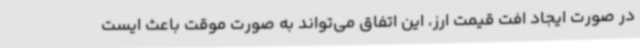
در صورت ایجاد افت قیمت ارز، این اتفاق می‌تواند به صورت موقت باعث ایست